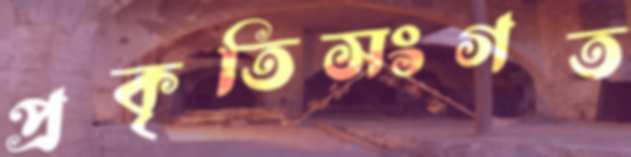
প্রকৃতিসংগত